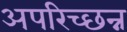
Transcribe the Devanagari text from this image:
अपरिच्छन्न